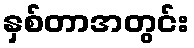
နှစ်တာအတွင်း